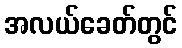
အလယ်ခေတ်တွင်